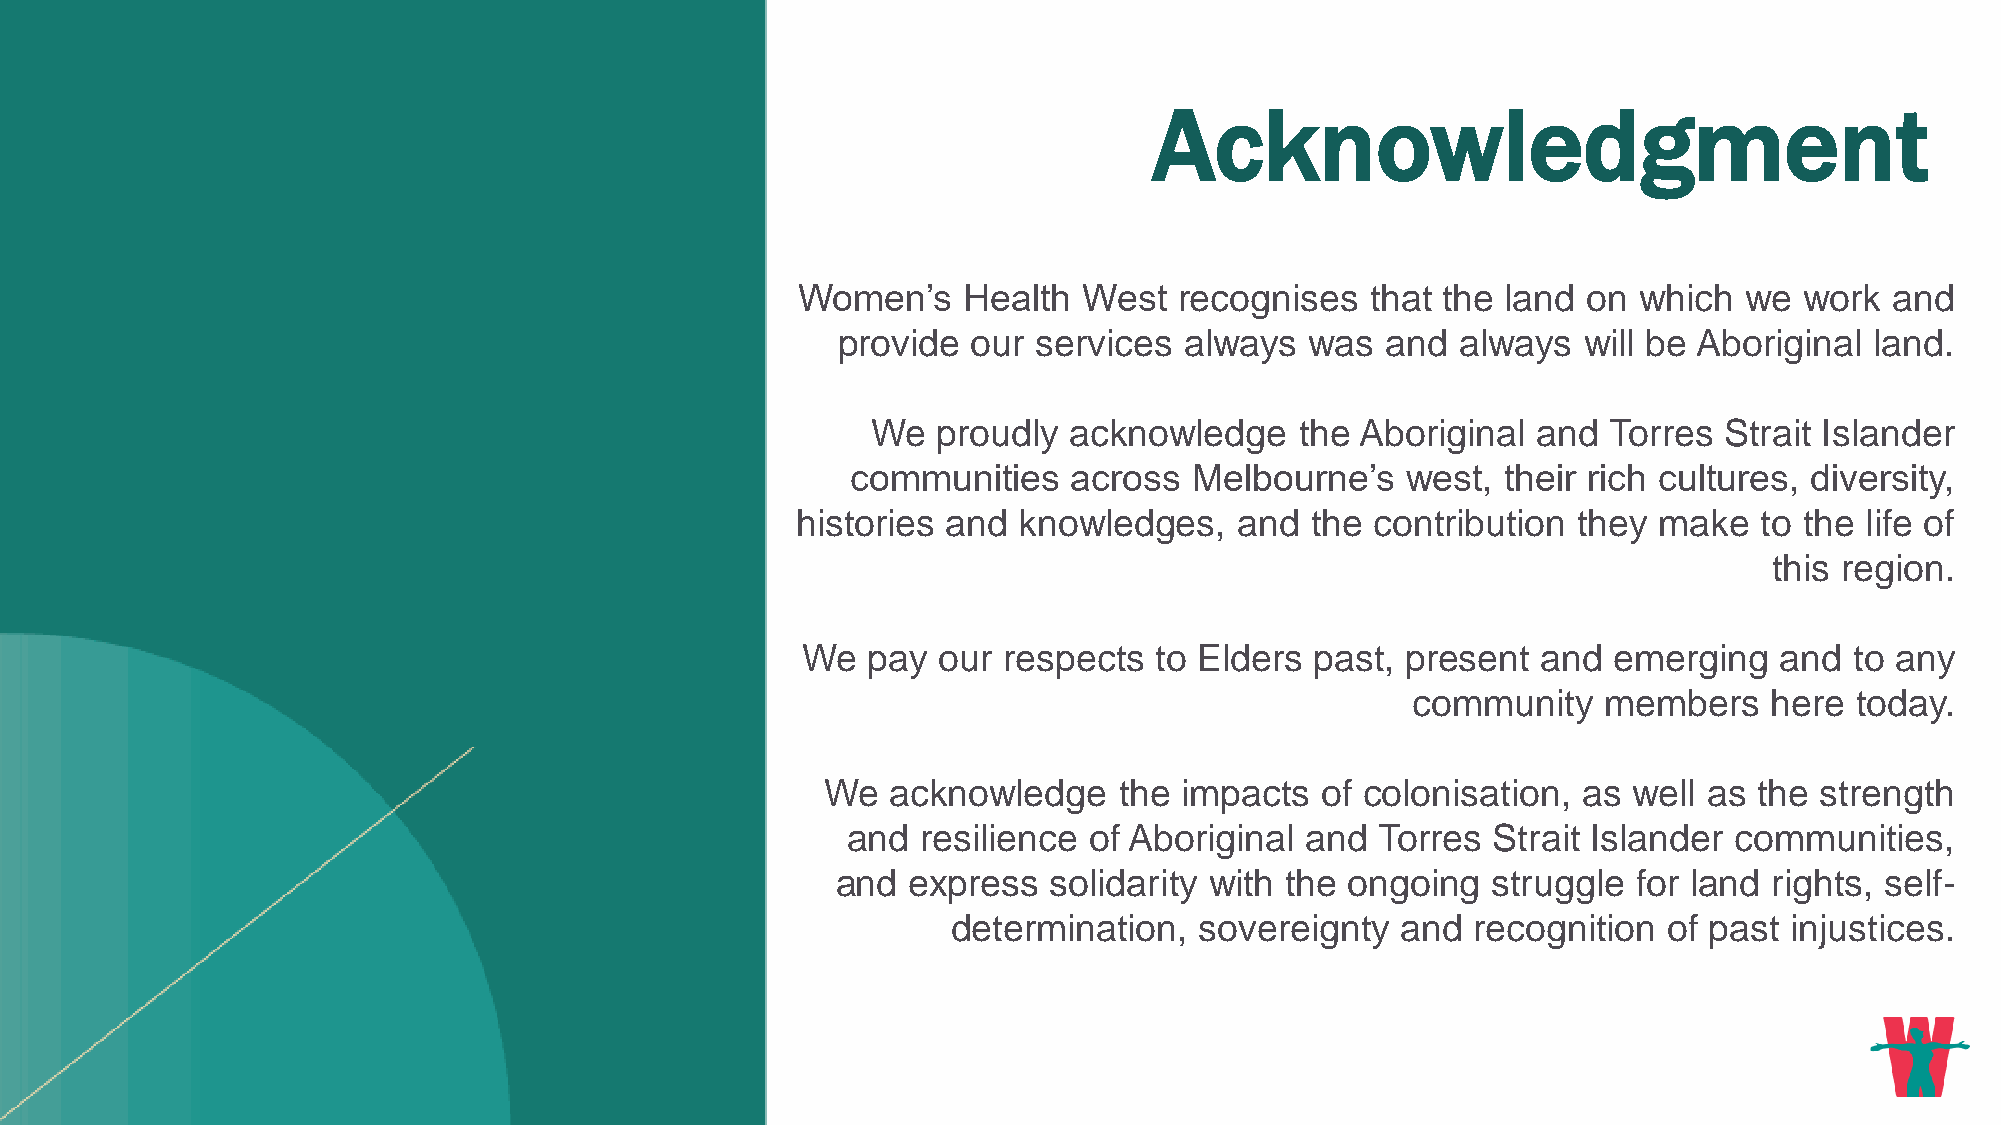
Acknowledgment
 Women’s    Health  West  recognises   that the land on which  we  work  and
 provide  our  services always   was  and  always  will be Aboriginal land.
 We  proudly  acknowledge    the Aboriginal  and Torres  Strait Islander
 communities    across  Melbourne’s   west,  their rich cultures, diversity,
 histories and knowledges,    and  the contribution they  make   to the life of
 this region.
 We  pay  our respects  to Elders  past, present  and  emerging   and  to any
 community    members    here  today.
 We  acknowledge    the impacts  of colonisation,  as well as the strength
 and  resilience of Aboriginal and  Torres  Strait Islander communities,
 and  express   solidarity with the ongoing  struggle for land rights, self-
 determination,  sovereignty   and  recognition of past injustices.